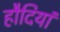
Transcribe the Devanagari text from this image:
हौदियां